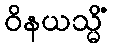
ဝိနယသ္မိံ